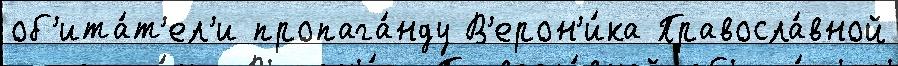
об'ита́т'ел'и пропага́нду В'ерон'и́ка Правосла́вной